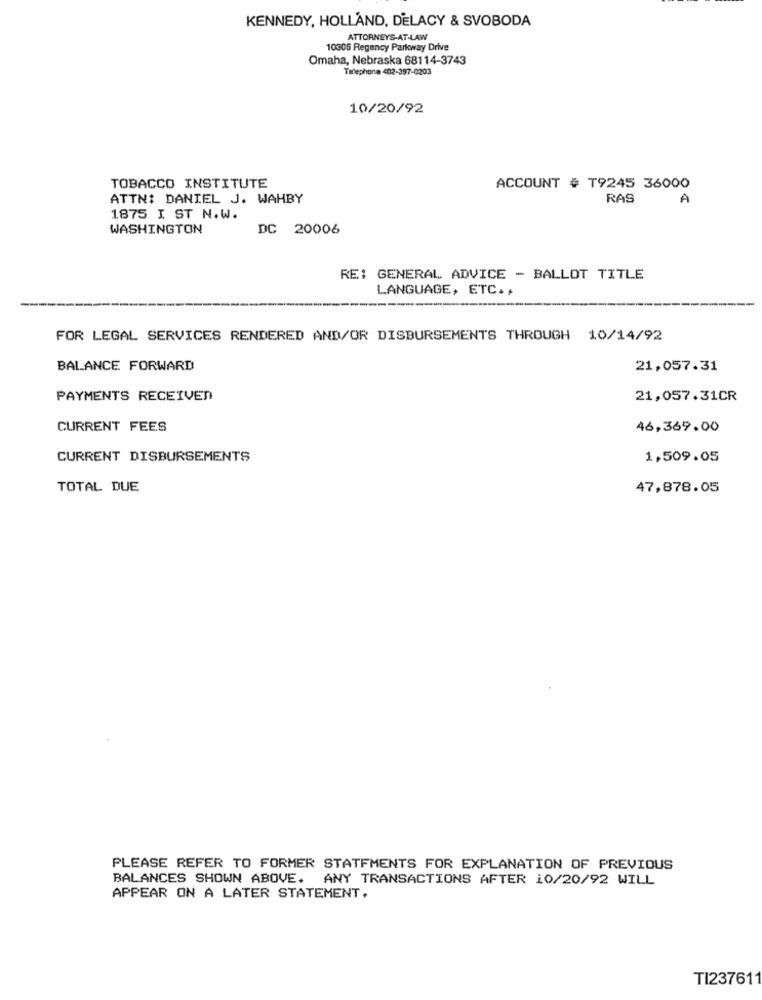
KENNEDY, HOLLAND, DELACY & SVOBODA
ATTORNEYS-AT-LAW
10305 Regency Parkway Drive
Omaha, Nebraska 68114-3743
Telephone 402-397-0203
10/20/92
TOBACCO INSTITUTE
ACCOUNT # T9245 36000
ATTN: DANIEL J. WAHBY
RAS
A
1875 I ST N.W.
WASHINGTON
DC 20006
RE: GENERAL ADVICE - BALLOT TITLE
LANGUAGE, ETC .,
FOR LEGAL SERVICES RENDERED AND/OR DISBURSEMENTS THROUGH 10/14/92
BALANCE FORWARD
21,057.31
PAYMENTS RECEIVED
21,057.31CR
CURRENT FEES
46,369.00
CURRENT DISBURSEMENTS
1,509.05
TOTAL DUE
47,878.05
PLEASE REFER TO FORMER STATFMENTS FOR EXPLANATION OF PREVIOUS
BALANCES SHOWN ABOVE. ANY TRANSACTIONS AFTER 10/20/92 WILL
APPEAR ON A LATER STATEMENT.
TI237611